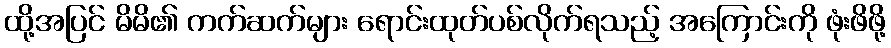
ထို့အပြင် မိမိ၏ ကက်ဆက်များ ရောင်းထုတ်ပစ်လိုက်ရသည့် အကြောင်းကို ဖုံးဖိဖို့